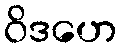
ဝိဒဟေ